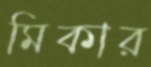
মিকার